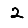
Digit: 2